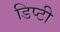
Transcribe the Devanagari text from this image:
डिप्‍टी